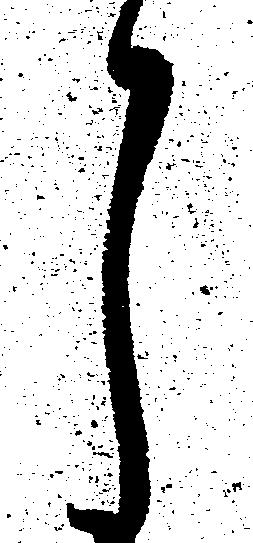
月